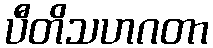
ပီတိသဟဂတာ